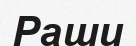
Раши